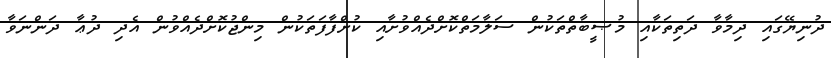
ދުނިޔޭގައި ދިމާވާ ދަތިތަކާއި މުޞީބާތްތަކުން ސަލާމަތްކޮށްދެއްވުށާއި ކުށްފާފަތަކުން މިންޖުކޮށްދެއްވުން އެދި ދުޢާ ދަންނަވާ